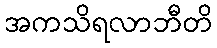
အကသိရလာဘီတိ